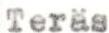
Teräs